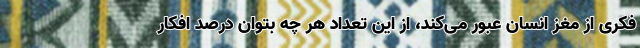
فکری از مغز انسان عبور می‌کند، از این تعداد هر چه بتوان درصد افکار